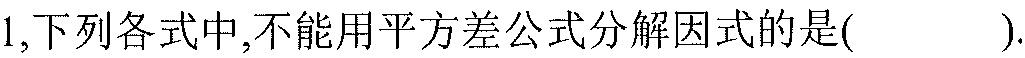
1,下列各式中,不能用平方差公式分解因式的是( ).